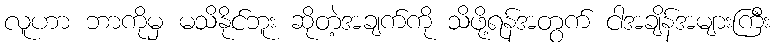
လူဟာ ဘာကိုမှ မသိနိုင်ဘူး ဆိုတဲ့အချက်ကို သိဖို့ရန်အတွက် ငါအချိန်အများကြီး